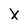
Character: X